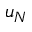
u _ { N }